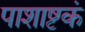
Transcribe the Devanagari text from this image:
पाशाष्टकं